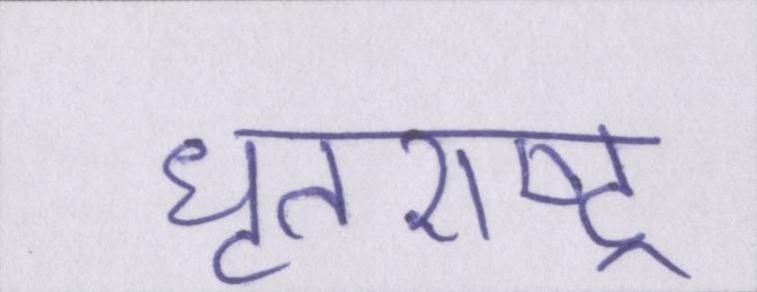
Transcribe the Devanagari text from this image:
धॄतराष्ट्र